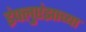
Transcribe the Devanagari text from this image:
इंफ्लुएंझाच्या